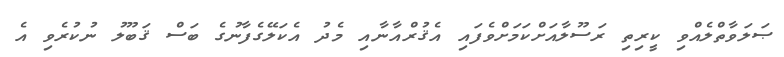
ޞަލަވާތްލެއްވި ކީރިތި ރަސޫލާއަށްކަމަށްވެފައި އެޤުރްއާނާއި މެދު އެކަލޭގެފާނުގެ ބަސް ޤަބޫލު ނުކުރެވި އެ